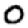
Digit: 0